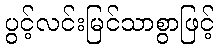
ပွင့်လင်းမြင်သာစွာဖြင့်